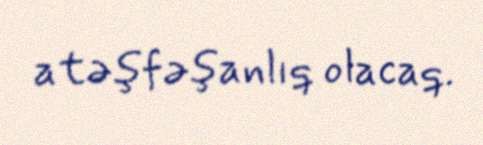
atəşfəşanlıq olacaq.